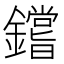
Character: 𰽐